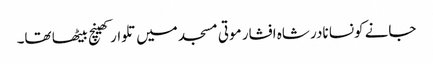
جانے کونسا نادر شاہ افشار موتی مسجد میں تلوار کھینچ بیٹھا تھا۔